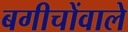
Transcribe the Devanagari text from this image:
बगीचोंवाले